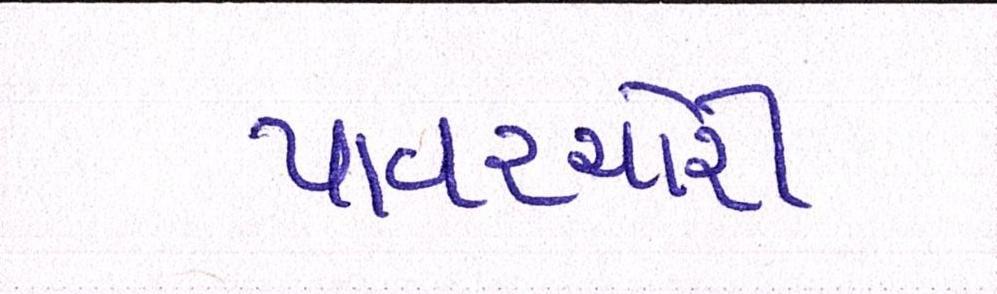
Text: પાવરચોરી